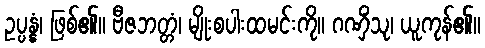
ဥပ္ပန္နံ၊ ဖြစ်၏။ ဗီဇဘတ္တံ၊ မျိုးစပါးထမင်းကို။ ဂဏှိံသု၊ ယူကုန်၏။